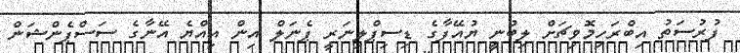
ފުރުސަތު އިބްރަހިމޮވިޗަށް ލިބުނީ ޔުއޭފާގެ ޑިސިޕްލިނަރީ ޕެނަލް އިން އިއްޔެ އޭނާގެ ސަސްޕެންޝަން